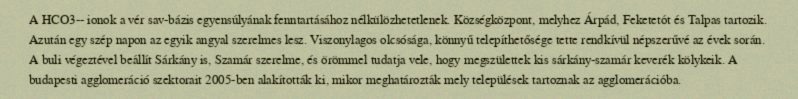
A HCO3-- ionok a vér sav-bázis egyensúlyának fenntartásához nélkülözhetetlenek. Községközpont, melyhez Árpád, Feketetót és Talpas tartozik. Azután egy szép napon az egyik angyal szerelmes lesz. Viszonylagos olcsósága, könnyű telepíthetősége tette rendkívül népszerűvé az évek során. A buli végeztével beállít Sárkány is, Szamár szerelme, és örömmel tudatja vele, hogy megszülettek kis sárkány-szamár keverék kölykeik. A budapesti agglomeráció szektorait 2005-ben alakították ki, mikor meghatározták mely települések tartoznak az agglomerációba.